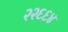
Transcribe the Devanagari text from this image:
२२६६४